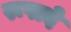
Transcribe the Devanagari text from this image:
रूपादे